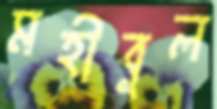
মহীবুল